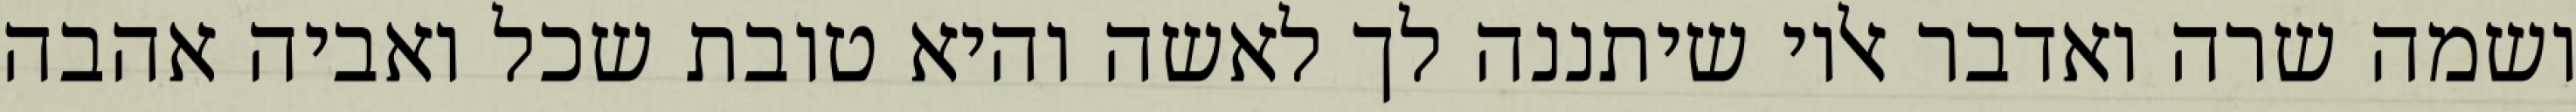
ושמה שרה ואדבר אליו שיתננה לך לאשה והיא טובת שכל ואביה אהבה